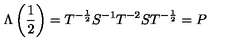
\Lambda \left( \frac { 1 } { 2 } \right) = T ^ { - \frac { 1 } { 2 } } S ^ { - 1 } T ^ { - 2 } S T ^ { - \frac { 1 } { 2 } } = P